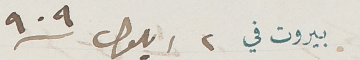
بيروت في ٢ ايلول /٩٠٩